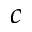
c